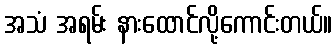
အသံ အရမ်း နားထောင်လို့ကောင်းတယ်။